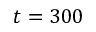
t = 3 0 0